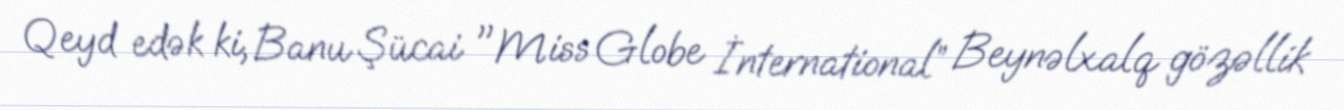
Qeyd edək ki, Banu Şücai "Miss Globe İnternational” Beynəlxalq gözəllik